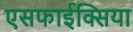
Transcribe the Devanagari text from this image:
एसफाईक्सिया